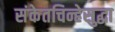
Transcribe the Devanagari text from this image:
संकेतचिन्हेसुद्धा